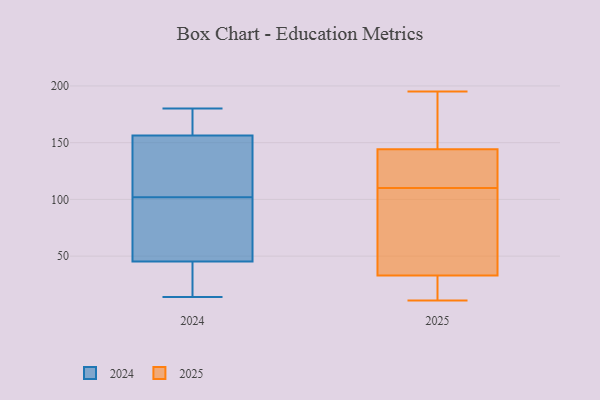
{"axis": {"x": "Production Output", "y": "Value"}, "legend": ["2024", "2025"], "data": [{"x": "", "y": 80, "type": "2024"}, {"x": "", "y": 42, "type": "2024"}, {"x": "", "y": 173, "type": "2024"}, {"x": "", "y": 145, "type": "2024"}, {"x": "", "y": 102, "type": "2024"}, {"x": "", "y": 120, "type": "2024"}, {"x": "", "y": 163, "type": "2024"}, {"x": "", "y": 20, "type": "2024"}, {"x": "", "y": 62, "type": "2024"}, {"x": "", "y": 180, "type": "2024"}, {"x": "", "y": 14, "type": "2024"}, {"x": "", "y": 45, "type": "2024"}, {"x": "", "y": 160, "type": "2024"}, {"x": "", "y": 46, "type": "2024"}, {"x": "", "y": 106, "type": "2024"}, {"x": "", "y": 119, "type": "2025"}, {"x": "", "y": 176, "type": "2025"}, {"x": "", "y": 12, "type": "2025"}, {"x": "", "y": 145, "type": "2025"}, {"x": "", "y": 109, "type": "2025"}, {"x": "", "y": 110, "type": "2025"}, {"x": "", "y": 29, "type": "2025"}, {"x": "", "y": 11, "type": "2025"}, {"x": "", "y": 45, "type": "2025"}, {"x": "", "y": 142, "type": "2025"}, {"x": "", "y": 195, "type": "2025"}]}